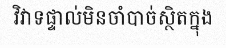
វិវាទផ្ទាល់មិនចាំបាច់ស្ថិតក្នុង